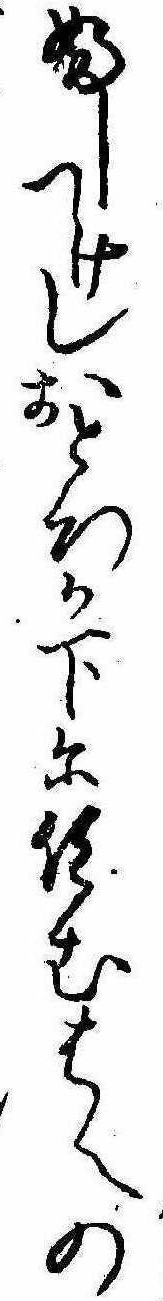
ふしつけしおとろか下に住むはへの